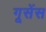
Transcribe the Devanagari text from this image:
गूसेंस